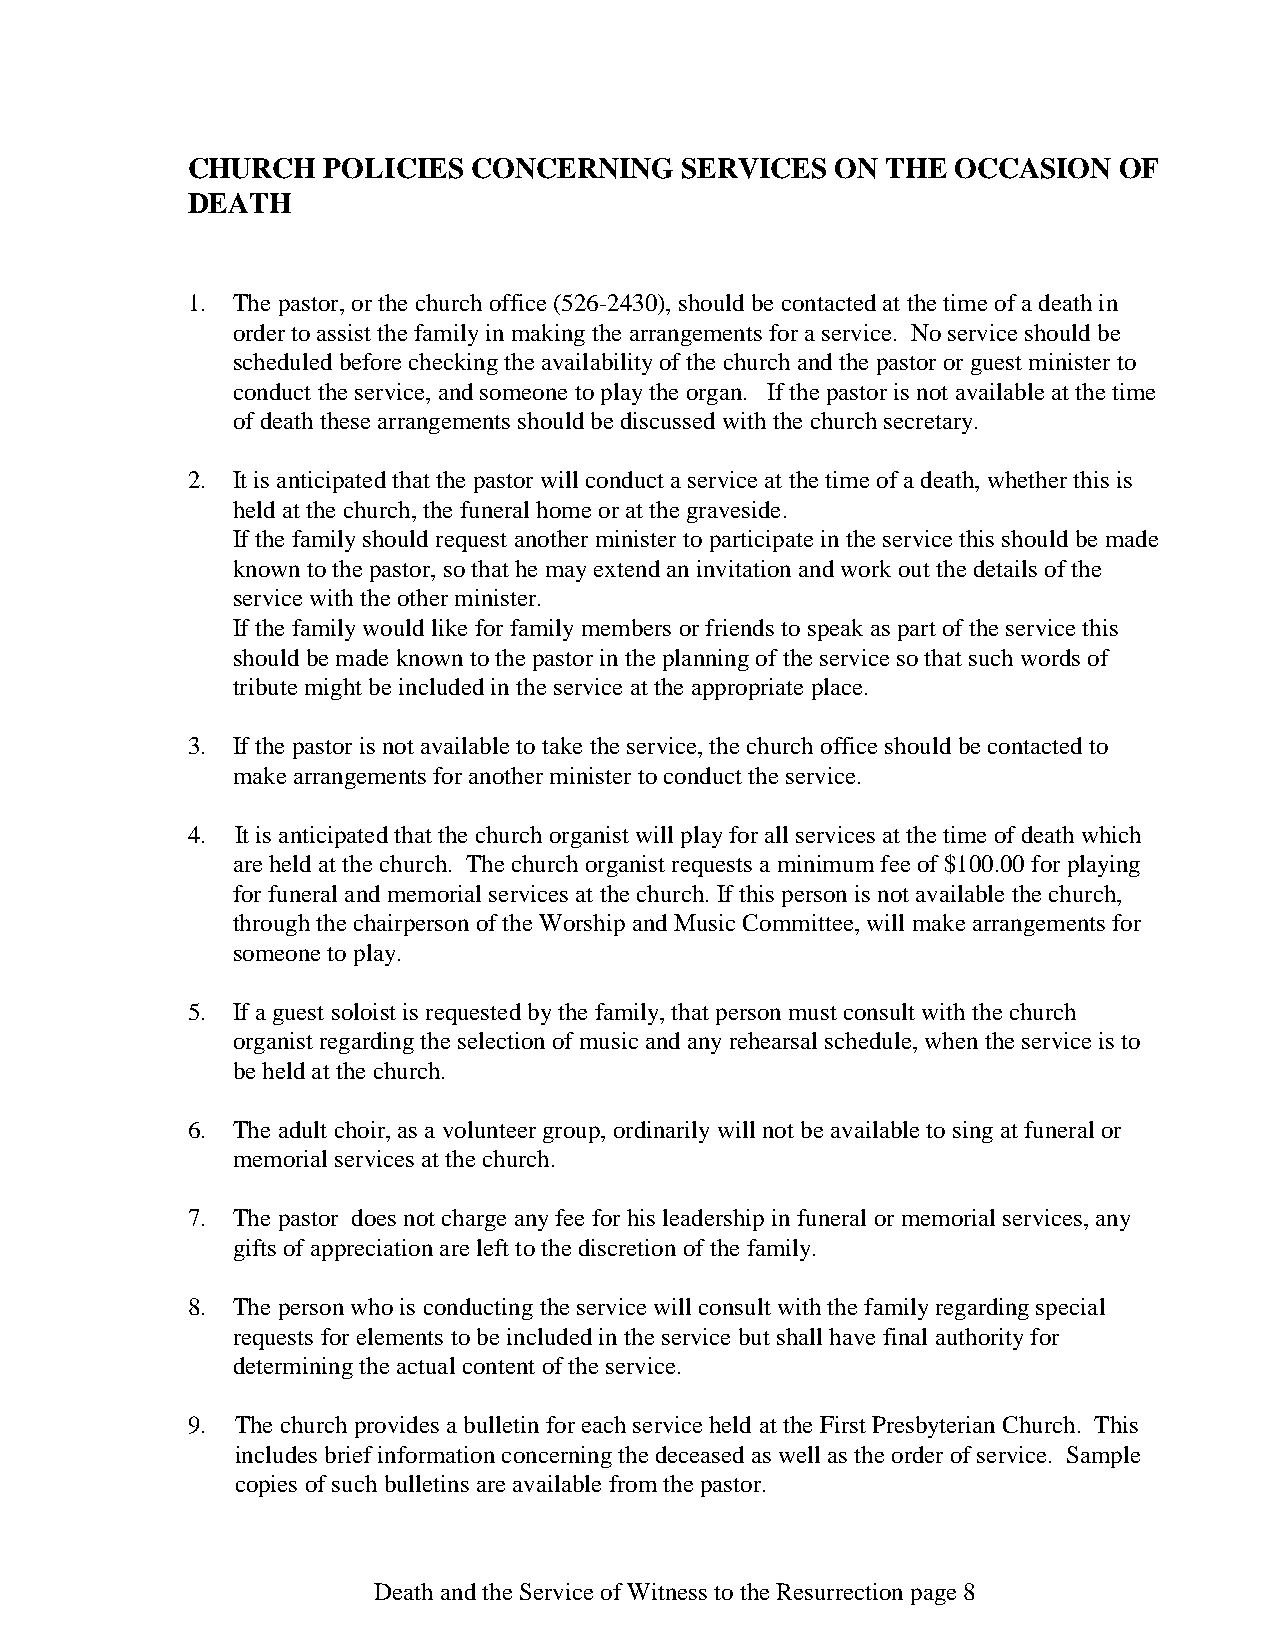
CHURCH   POLICIES  CONCERNING    SERVICES  ON  THE OCCASION   OF
 DEATH
 1. The pastor, or the church office (526-2430), should be contacted at the time of a death in
 order to assist the family in making the arrangements for a service. No service should be
 scheduled before checking the availability of the church and the pastor or guest minister to
 conduct the service, and someone to play the organ. If the pastor is not available at the time
 of death these arrangements should be discussed with the church secretary.
 2. It is anticipated that the pastor will conduct a service at the time of a death, whether this is
 held at the church, the funeral home or at the graveside.
 If the family should request another minister to participate in the service this should be made
 known to the pastor, so that he may extend an invitation and work out the details of the
 service with the other minister.
 If the family would like for family members or friends to speak as part of the service this
 should be made known to the pastor in the planning of the service so that such words of
 tribute might be included in the service at the appropriate place.
 3. If the pastor is not available to take the service, the church office should be contacted to
 make arrangements for another minister to conduct the service.
 4.  It is anticipated that the church organist will play for all services at the time of death which
 are held at the church. The church organist requests a minimum fee of $100.00 for playing
 for funeral and memorial services at the church. If this person is not available the church,
 through the chairperson of the Worship and Music Committee, will make arrangements for
 someone to play.
 5. If a guest soloist is requested by the family, that person must consult with the church
 organist regarding the selection of music and any rehearsal schedule, when the service is to
 be held at the church.
 6. The adult choir, as a volunteer group, ordinarily will not be available to sing at funeral or
 memorial services at the church.
 7. The pastor does not charge any fee for his leadership in funeral or memorial services, any
 gifts of appreciation are left to the discretion of the family.
 8. The person who is conducting the service will consult with the family regarding special
 requests for elements to be included in the service but shall have final authority for
 determining the actual content of the service.
 9.  The church provides a bulletin for each service held at the First Presbyterian Church. This
 includes brief information concerning the deceased as well as the order of service. Sample
 copies of such bulletins are available from the pastor.
 Death and the Service of Witness to the Resurrection page 8